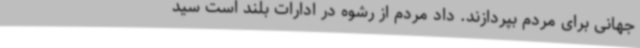
جهانی برای مردم بپردازند. داد مردم از رشوه در ادارات بلند است سید